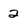
Character: 2